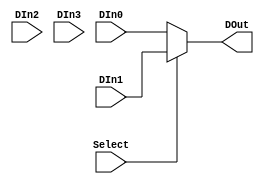
`default_nettype none

// --------------------------------------------------------------------------
// Multiplexer 4->1
// --------------------------------------------------------------------------

module Mux
#(
    parameter DataWidth = 8,
    parameter SelectSize = 1)
(
   input wire [SelectSize-1:0] Select,
   input wire [DataWidth-1:0] DIn0,  // Data input
   input wire [DataWidth-1:0] DIn1,  // Data input
   input wire [DataWidth-1:0] DIn2,  // Data input
   input wire [DataWidth-1:0] DIn3,  // Data input
   output wire [DataWidth-1:0] DOut  // Output
);

assign DOut = (Select == 2'b00) ? DIn0 :
                (Select == 2'b01) ? DIn1 :
                (Select == 2'b10) ? DIn2 :
                (Select == 2'b11) ? DIn3 :
                1'b0;

// Requires output defined as "reg"
// always @(Select, DIn0, DIn1, DIn2, DIn3) begin
//     case (Select[SelectSize-1:0])
//         4'b0000 : DOut  = DIn0;
//         4'b0001 : DOut  = DIn1;
//         4'b0010 : DOut  = DIn2;
//         4'b0011 : DOut  = DIn3;
//         default : DOut  = 1'b0;
//     endcase
// end

// Async one-hot
// assign output = (Select == 4'b0001) ? input_1 :
//                 (Select == 4'b0010) ? input_2 :
//                 (Select == 4'b0100) ? input_2 :
//                 (Select == 4'b1000) ? input_2 :
//                 1'b0;
endmodule